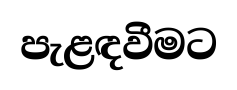
පැළඳවීමට